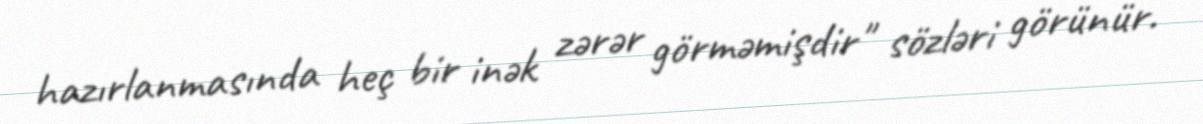
hazırlanmasında heç bir inək zərər görməmişdir" sözləri görünür.